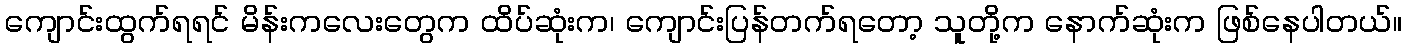
ကျောင်းထွက်ရရင် မိန်းကလေးတွေက ထိပ်ဆုံးက၊ ကျောင်းပြန်တက်ရတော့ သူတို့က နောက်ဆုံးက ဖြစ်နေပါတယ်။